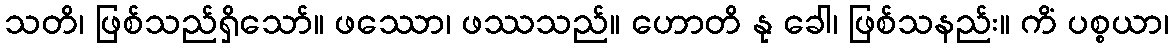
သတိ၊ ဖြစ်သည်ရှိသော်။ ဖဿော၊ ဖဿသည်။ ဟောတိ နု ခေါ၊ ဖြစ်သနည်း။ ကိံ ပစ္စယာ၊